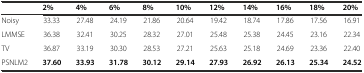
<table><thead><tr><td></td><td><b>2%</b></td><td><b>4%</b></td><td><b>6%</b></td><td><b>8%</b></td><td><b>10%</b></td><td><b>12%</b></td><td><b>14%</b></td><td><b>16%</b></td><td><b>18%</b></td><td><b>20%</b></td></tr></thead><tbody><tr><td>Noisy</td><td>33.33</td><td>27.48</td><td>24.19</td><td>21.86</td><td>20.64</td><td>19.42</td><td>18.74</td><td>17.86</td><td>17.56</td><td>16.91</td></tr><tr><td>LMMSE</td><td>36.38</td><td>32.41</td><td>30.25</td><td>28.32</td><td>27.01</td><td>25.48</td><td>25.38</td><td>24.45</td><td>23.16</td><td>22.34</td></tr><tr><td>TV</td><td>36.87</td><td>33.19</td><td>30.30</td><td>28.53</td><td>27.21</td><td>25.63</td><td>25.18</td><td>24.69</td><td>23.36</td><td>22.40</td></tr><tr><td>PSNLM2</td><td><b>37.60</b></td><td><b>33.93</b></td><td><b>31.78</b></td><td><b>30.12</b></td><td><b>29.14</b></td><td><b>27.93</b></td><td><b>26.92</b></td><td><b>26.13</b></td><td><b>25.34</b></td><td><b>24.52</b></td></tr></tbody></table>